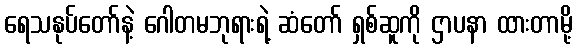
ရေသနုပ်တော်နဲ့ ဂေါတမဘုရားရဲ့ ဆံတော် ရှစ်ဆူကို ဌာပနာ ထားတာမို့